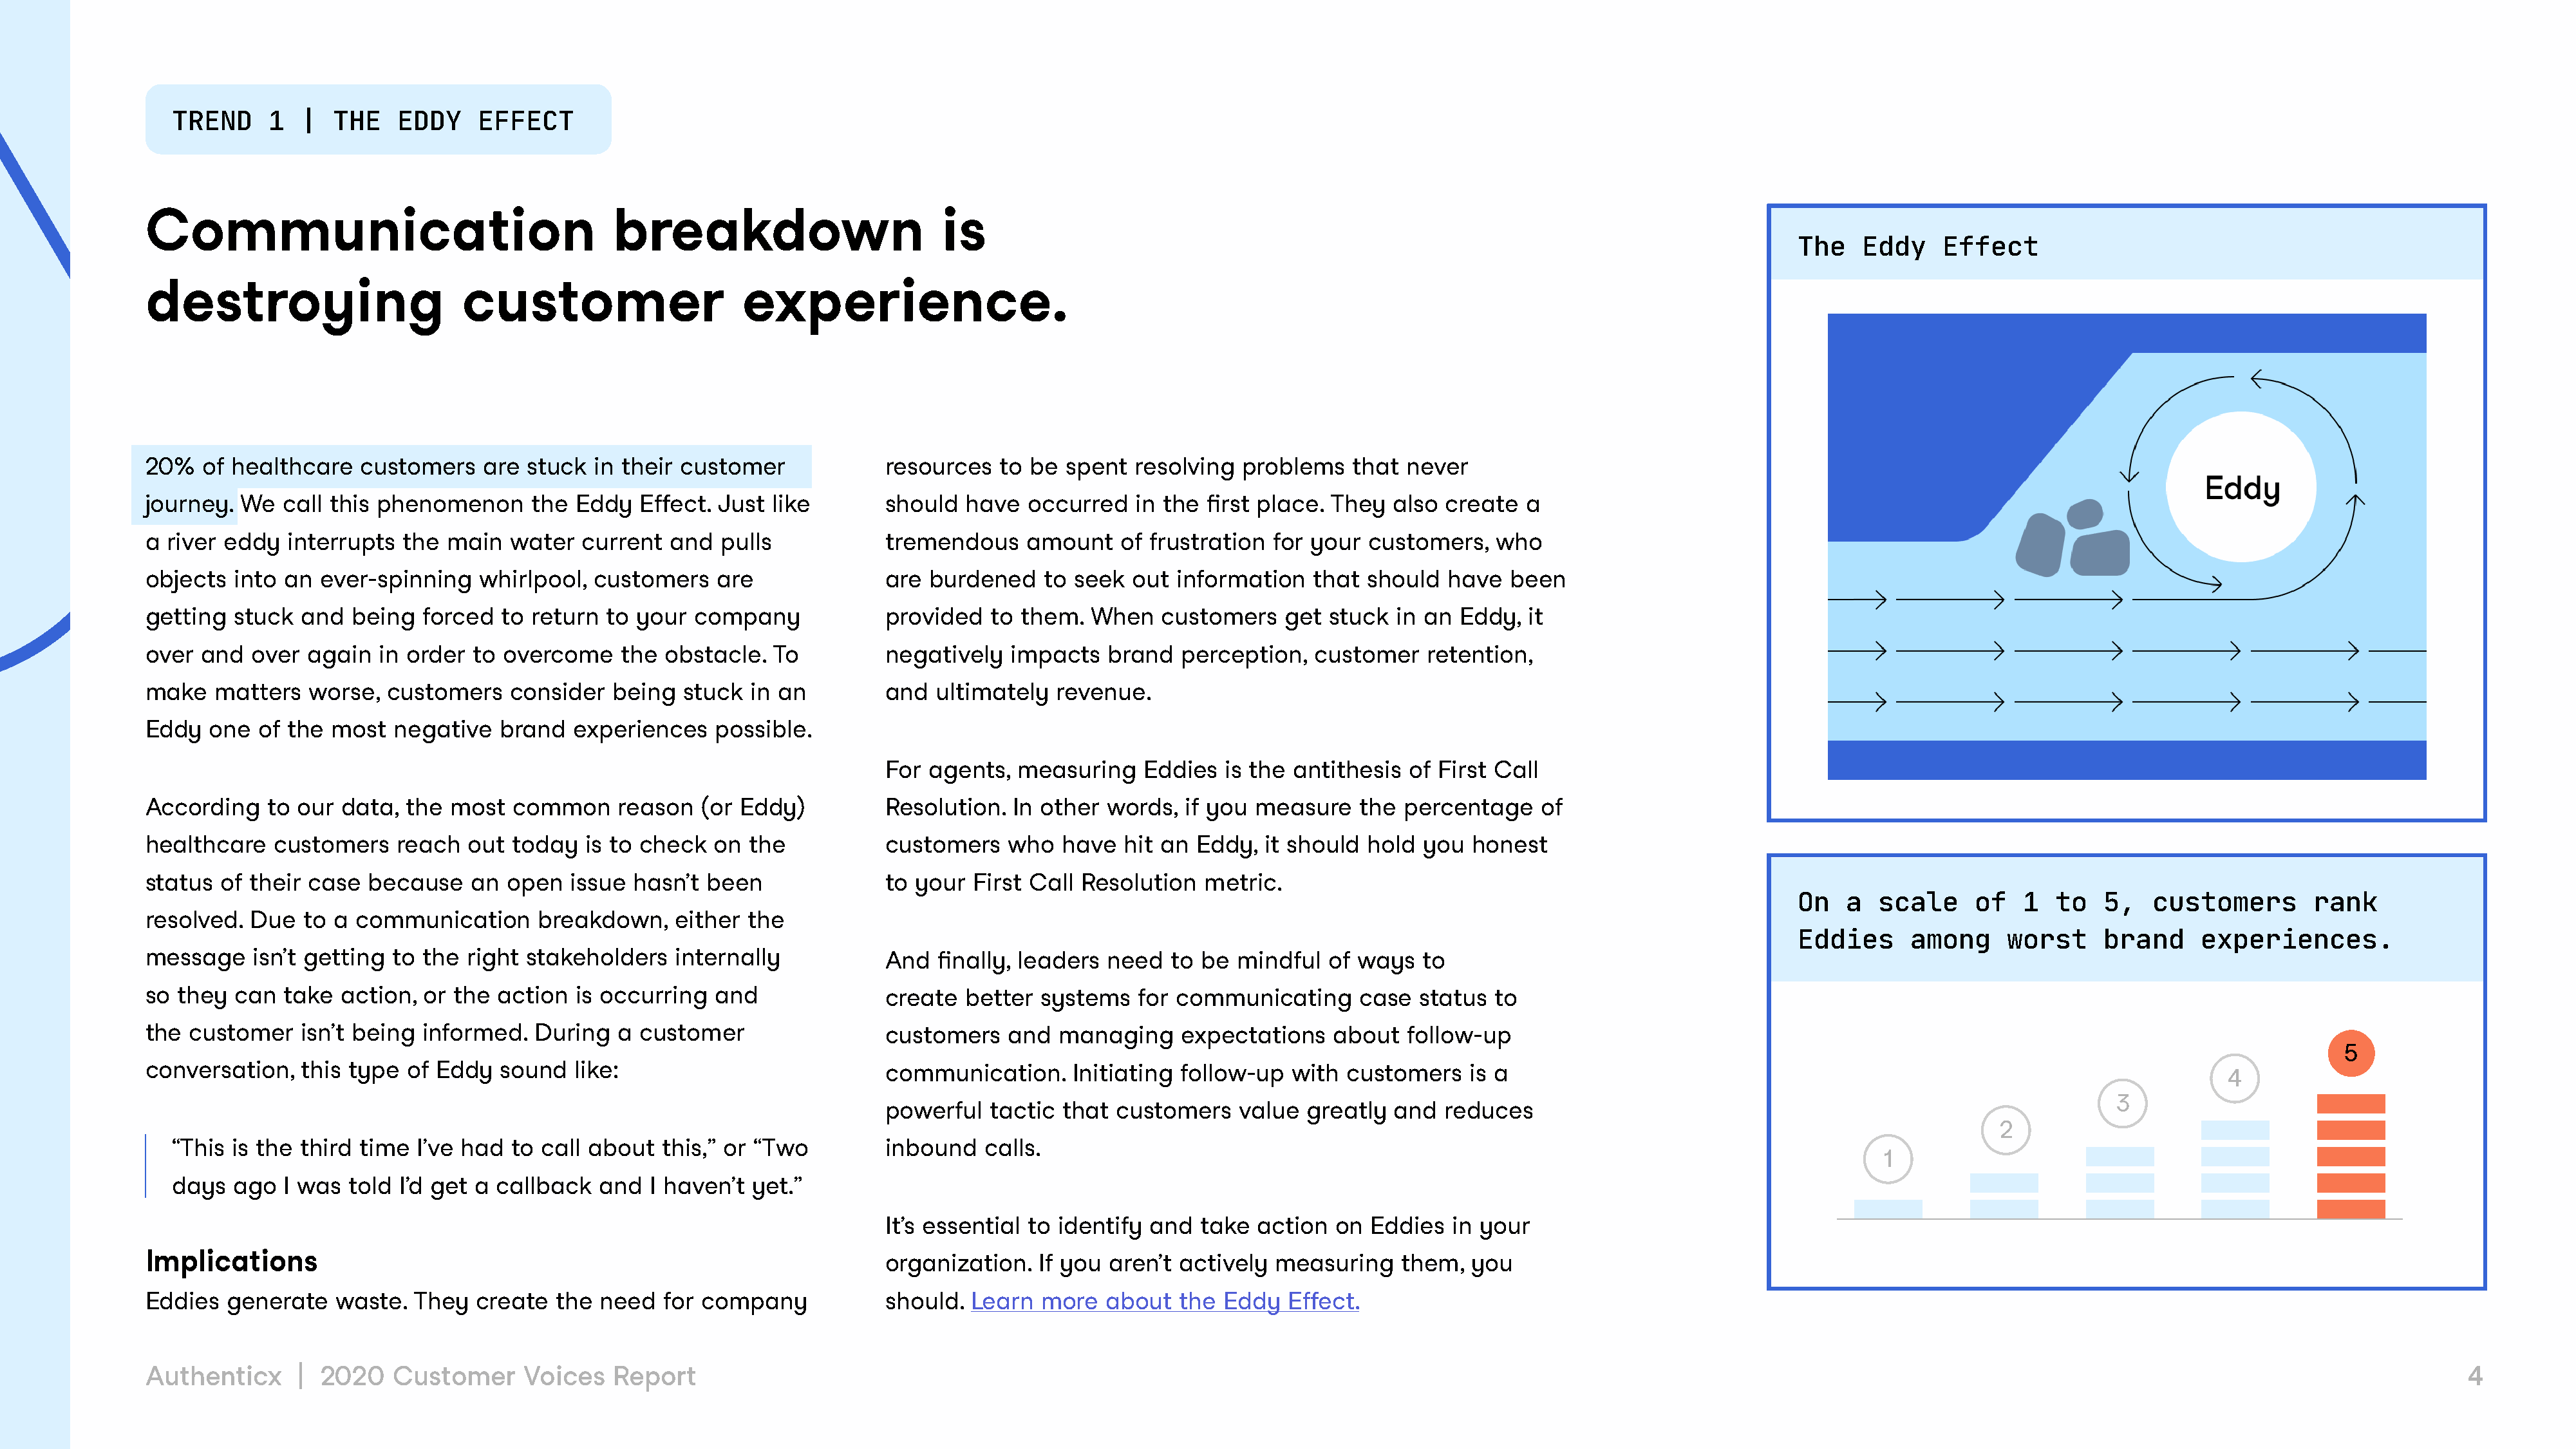
TREND     1  |  THE    EDDY    EFFECT
 Communication                                   breakdown                         is
 The   Eddy     Effect
 destroying                      customer                     experience.
 20%   of healthcare   customers    are stuck  in their customer             resources   to be  spent  resolving  problems   that  never
 journey.  We  call this phenomenon      the Eddy   Effect. Just like        should  have   occurred   in the first place. They  also  create  a
 a river eddy   interrupts the  main  water   current  and  pulls            tremendous    amount    of frustration  for your  customers,   who
 objects  into an  ever-spinning   whirlpool,  customers    are              are  burdened   to seek  out  information   that  should  have  been
 getting  stuck  and  being  forced   to return to your  company             provided   to them.  When   customers    get  stuck  in an Eddy,  it
 over  and  over  again  in order  to overcome    the obstacle.  To          negatively   impacts   brand  perception,   customer    retention,
 make   matters   worse,  customers   consider   being  stuck  in an         and  ultimately   revenue.
 Eddy   one  of the most   negative  brand   experiences    possible.
 For agents,   measuring    Eddies  is the antithesis  of First Call
 According    to our data,  the most   common     reason  (or Eddy)          Resolution.  In other  words,  if you measure    the percentage    of
 healthcare   customers    reach  out  today  is to check  on  the           customers    who  have   hit an Eddy,  it should  hold you  honest
 status  of their case  because   an  open   issue hasn’t  been              to your  First Call Resolution   metric.
 On   a  scale     of   1  to   5,   customers        rank
 resolved.  Due  to a  communication     breakdown,    either  the
 Eddies     among     worst     brand     experiences.
 message    isn’t getting to the  right stakeholders   internally            And  finally, leaders  need  to be  mindful   of ways  to
 so they  can  take  action,  or the action  is occurring   and              create  better  systems   for communicating      case  status  to
 the customer    isn’t being informed.   During   a customer                 customers    and  managing    expectations    about   follow-up
 5
 conversation,   this type  of Eddy  sound   like:                           communication.     Initiating follow-up   with customers    is a
 4
 3
 powerful   tactic that  customers   value  greatly  and   reduces
 2
 “This is the third time  I’ve had  to call about  this,” or “Two         inbound   calls.
 1
 days  ago  I was  told I’d get a callback   and  I haven’t yet.”
 It’s essential to identify and  take  action  on  Eddies  in your
 Implications
 organization.   If you aren’t actively  measuring    them,  you
 Eddies  generate    waste.  They  create  the  need  for company            should.  Learn  more   about  the  Eddy  Effect.
 Authenticx      | 2020   Customer      Voices   Report                                                                                                                                                                                         4